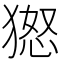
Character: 𱮐